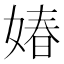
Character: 媋